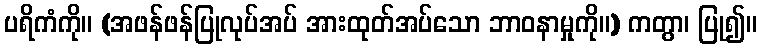
ပရိကံကို။ (အဖန်ဖန်ပြုလုပ်အပ် အားထုတ်အပ်သော ဘာဝနာမှုကို။) ကတွာ၊ ပြု၍။